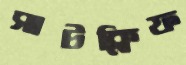
সাটক্লিফ